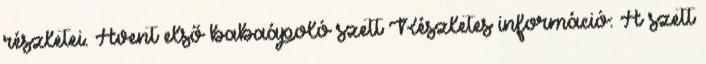
részletei. Avent első babaápoló szett Részletes információ: A szett